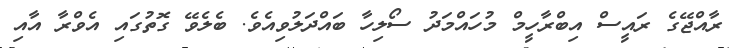
ރާއްޖޭގެ ރައީސް އިބްރާހީމް މުހައްމަދު ސޯލިހާ ބައްދަލުވިއެވެ. ބެލެވޭ ގޮތުގައި އެވްރާ އާއި